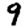
Digit: 9